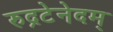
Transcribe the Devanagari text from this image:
रुद्रटेनेदम्